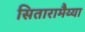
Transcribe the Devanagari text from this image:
सितारामैय्या